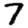
Digit: 7